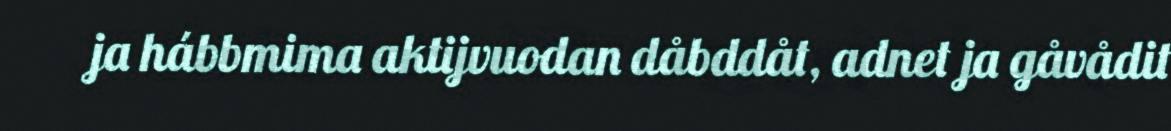
ja hábbmima aktijvuodan dåbddåt, adnet ja gåvådit